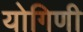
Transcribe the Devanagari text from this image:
योगिणी